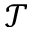
\mathcal { T }